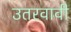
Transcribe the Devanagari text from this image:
उतरवावी